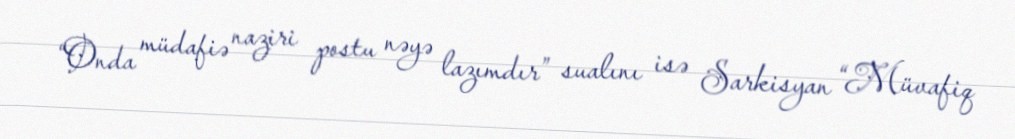
“Onda müdafiə naziri postu nəyə lazımdır” sualını isə Sarkisyan “Müvafiq